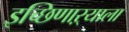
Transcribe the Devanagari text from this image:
इच्छिणाऱ्याला